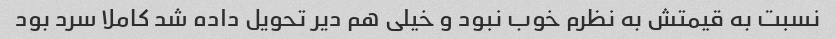
نسبت به قیمتش به نظرم خوب نبود و خیلی هم دیر تحویل داده شد کاملا سرد بود